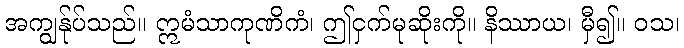
အကျွန်ုပ်သည်။ ဣမံသာကုဏိကံ၊ ဤငှက်မုဆိုးကို။ နိဿာယ၊ မှီ၍။ ဝသ၊